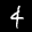
Label: 4